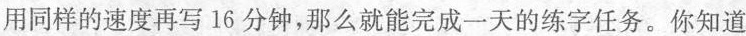
用同样的速度再写16分钟，那么就能完成一天的练字任务。你知道